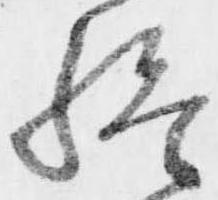
終